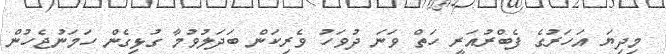
މިދިޔަ އަހަރުގެ ފެބްރުއަރީ ހަތް ވަނަ ދުވަހު ވެރިކަން ބަދަލުވުމާ ގުޅިގެން ހަމަނުޖެހުން